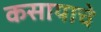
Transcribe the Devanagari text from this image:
कसायाचे